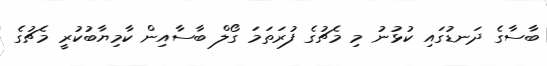
ބާސާގެ ދަނޑުގައި ކުޅުނު މި މެޗުގެ ފުރަތަމަ ގޯލް ބާސާއިން ކާމިޔާބުކުރީ މެޗުގެ